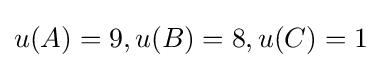
u(A)=9,u(B)=8,u(C)=1